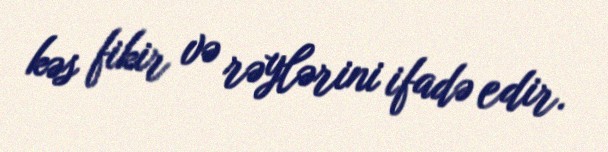
kəs fikir və rəylərini ifadə edir.